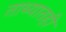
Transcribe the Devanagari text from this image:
ताब्यातही